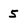
Character: 5